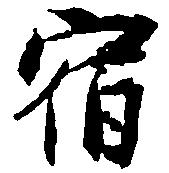
宿